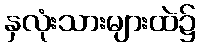
နှလုံးသားများထဲ၌